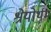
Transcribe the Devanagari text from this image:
श्रेयोर्थम्‌